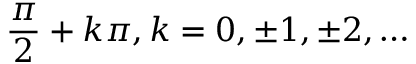
{ \frac { \pi } { 2 } } + k \pi , k = 0 , \pm 1 , \pm 2 , \ldots